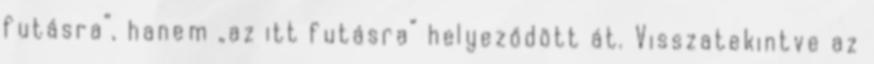
futásra”, hanem „az itt futásra” helyeződött át. Visszatekintve az